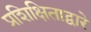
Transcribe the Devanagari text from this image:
प्रशिक्षिताद्वारे